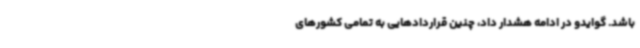
باشد. گوایدو در ادامه هشدار داد، چنین قراردادهایی به تمامی کشورهای